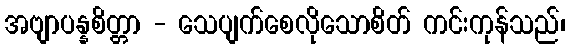
အဗျာပန္နစိတ္တာ - သေပျက်စေလိုသောစိတ် ကင်းကုန်သည်၊